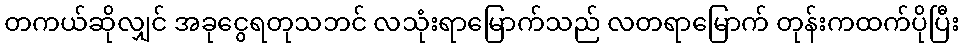
တကယ်ဆိုလျှင် အခုငွေရတုသဘင် လသုံးရာမြောက်သည် လတရာမြောက် တုန်းကထက်ပိုပြီး